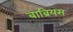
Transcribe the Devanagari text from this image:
बाब्रियस